Report on sanitation, dispensaries, and jails in Rajputana for 1916, and on vaccination for the year 1916-1917 - 1916-1917
Year: 1916
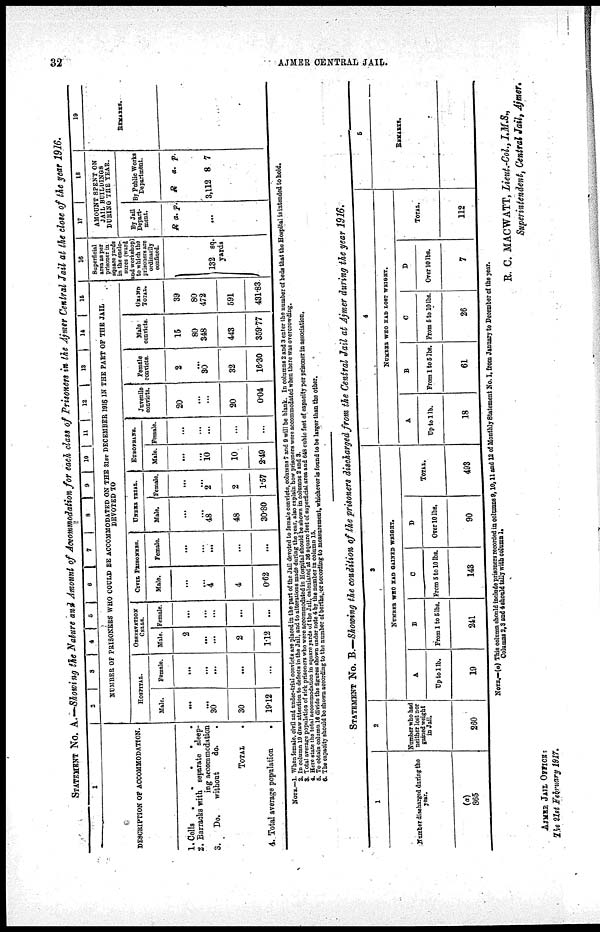
32
AJMER CENTRAL JAIL.
STATEMENT NO. A.—Showing the Nature and Amount of Accommodation for each class of Prisoners in the Ajmer Central Jail at the close of the year 1916.
1
DESCRIPTION OF ACCOMMODATION.
1. Cells
2. Barracks with separate sleep-
ing accommodation
3.
Do.
without
do.
.
TOTAL .
4. Total average population
.
2
3 4 5 6
7 8 9 10 11 12
13 14
15
NUMBER OF PRISONERS WHO COULD BE ACCOMMODATED ON THE 31 ST DECEMBER 1916 IN THE PART OP THE JAIL
DEVOTED TO
HOSPITAL
Male.
...
...
30
30
19.12
Female.
...
...
...
...
...
OBSERVATION
CELLS.
Male.
2
...
...
2
112
Female.
...
...
...
...
...
CIVIL PRISONERS.
Male.
...
...
4
4
0.62
Female.
...
...
...
...
...
UNER TRIAL.
Male.
...
...
48
48
30.80
Female.
...
...
2
2
1.57
EUROPEANS.
Male.
...
...
10
10
2.49
Female.
...
...
...
...
...
Juvenile
convicts.
20
...
...
20
0.04
Female
convicts.
2
...
30
32
16.30
Male
convicts.
15
80
348
443
359.77
GRAND
TOTAL.
39
80
472
591
431.83
16
Superficial
area as per
prisoner in
square yards
in the enclo¬
sures (ward
and workshop)
to which the
prisoners are
ordinarily
confined.
132 sq.
yards
17 18
AMOUNT SPENT ON
JAIL BUILDINGS
DURING THE YEAR.
By Jail
Depart¬
ment.
R a. p.
...
By Public Works
Department.
R
3,112
a.
8
p.
7
19
REMARKS.
NOTE.—1. When Female civil and under-trial convicts are placed in the part of the Jail devoted to female convicts, columns 7 and 9 will be blank. In columns 2 and 3 enter the number of beds that the Hospital is intended to hold,
2. In column 19 draw attention to defects in the Jail, and to alterations made during the year, also explain how prisoners were accommodated when there was overcrowding.
3. Total average population of sick prisoners who were accommodated in Hospital should be shown in columns 2 and 3.
4. Here state ihs total accommodation in square yards of the Jail, calculated at 36 square feet of superficial area and 648 cubic feet of capecity per prisoner in association.
5. To obtain column 16 divide the figures shown under note 4 by the number in column 15.
6. The capacity should be shown according to the number of berths, or according to measurement, whichever is found to be lawer than the other.
STATEMENT NO. B.—Showing the condition of the prisoners discharged from the Central Jail at Ajmer during the year 1916.
1
Number discharged during the
year.
(a)
865
2
Number who had
neither lost nor
gained weight
in Jail
260
3
NUMBER WHO HAD GAINED WEIGHT.
A
Up to 1 lb.
19
B
From 1 to 5 lbs.
241
C
From 5 to 10 lbs.
148
D
Over 10 lbs.
90
TOTAL.
493
4
NUMBER WHO HAD LOST WEIGHT.
A
Up to 1 lb.
18
B
From 1 to 5 lbs.
61
C
From 5 to 10 lbs.
26
D
Over 10 lbs.
7
TOTAL.
112
5
REMARKS.
NOTE.—(a) This column should include prisoners recorded in colunns 9,10,11 and 12 of Monthly Statement No. I, from January to December of the year.
Columns 2, 3 and 4 should tally with column 1.
R. C. MACWATT, lieut.-Col., I.M.S.,
Superintendent, Central Jail, Ajmer.
AJMER JAIL OFFICE:
The 21st February 1917.